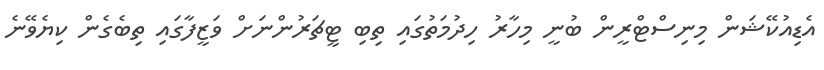
އެޑިއުކޭޝަން މިނިސްޓްރީން ބުނީ މިހާރު ހިދުމަތުގައި ތިބި ޓީޗަރުންނަށް ވަޒީފާގައި ތިބެގެން ކިޔެވޭނެ